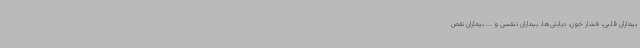
بیماران قلبی، فشار خون، دیابتی‌ها، بیماران تنفسی و ... بیماران نقص